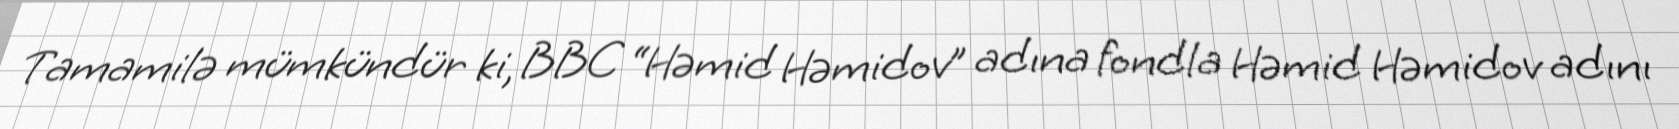
Tamamilə mümkündür ki, BBC “Həmid Həmidov” adına fondla Həmid Həmidov adını